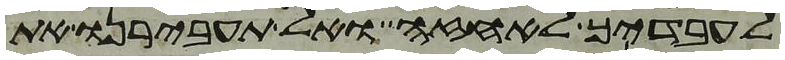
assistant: לעבדיך לאחזה ואל תעבירנו את